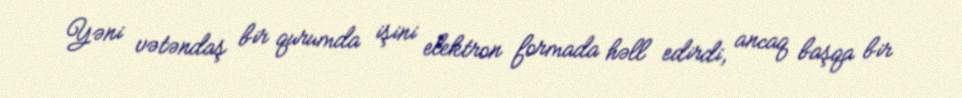
Yəni vətəndaş bir qurumda işini elektron formada həll edirdi, ancaq başqa bir